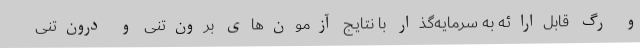
و رگ قابل‌ارائه به سرمایه‌گذار با نتایج آزمون‌های برون‌تنی و درون‌تنی